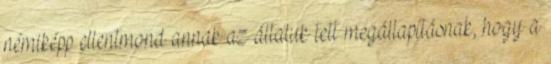
némiképp ellentmond annak az általuk tett megállapításnak, hogy a